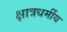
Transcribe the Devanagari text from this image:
क्षात्रधर्मीय